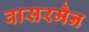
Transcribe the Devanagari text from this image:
वासरमैन